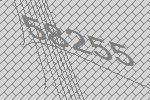
58255